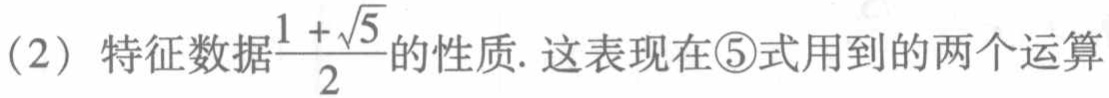
(2) 特征数据$\frac{1 + \sqrt{5}}{2}$的性质. 这表现在\textcircled{5}式用到的两个运算